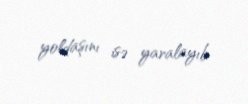
yoldaşını isə yaralayıb.